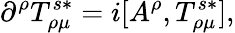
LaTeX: \partial^{\rho}T_{\rho\mu}^{s\ast}=i[A^{\rho},T_{\rho\mu}^{s\ast}],